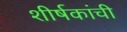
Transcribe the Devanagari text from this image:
शीर्षकांची